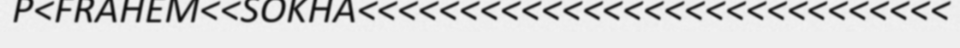
P<FRAHEM<<SOKHA<<<<<<<<<<<<<<<<<<<<<<<<<<<<<